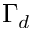
\Gamma _ { d }